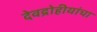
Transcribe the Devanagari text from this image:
देवद्रोहीयांचा